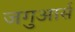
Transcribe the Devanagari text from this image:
जगुआर्स